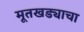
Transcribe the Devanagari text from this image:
मूतखड्याचा